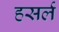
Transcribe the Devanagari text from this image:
हसर्ल